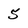
Character: 5